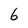
Character: 6